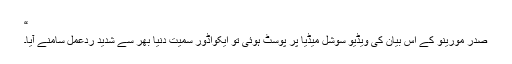
“
صدر مورینو کے اس بیان کی ویڈیو سوشل میڈیا پر پوسٹ ہوئی تو ایکواڈور سمیت دنیا بھر سے شدید ردعمل سامنے آیا۔